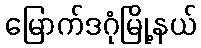
မြောက်ဒဂုံမြို့နယ်